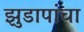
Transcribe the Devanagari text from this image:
झुडापांचा